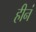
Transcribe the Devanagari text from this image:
हीनं